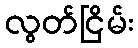
လွတ်ငြိမ်း